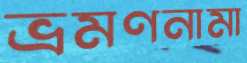
ভ্রমণনামা